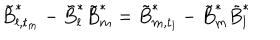
\tilde { B } _ { l , t _ { m } } ^ { * } - \tilde { B } _ { l } ^ { * } \tilde { B } _ { m } ^ { * } = \tilde { B } _ { m , t _ { l } } ^ { * } - \tilde { B } _ { m } ^ { * } \tilde { B } _ { l } ^ { * }